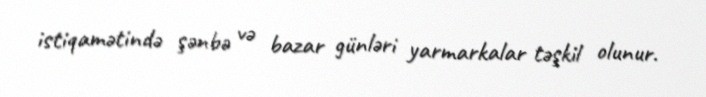
istiqamətində şənbə və bazar günləri yarmarkalar təşkil olunur.